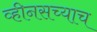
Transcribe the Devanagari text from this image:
व्हीनसच्याच